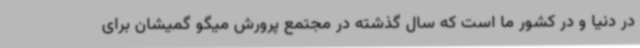
در دنیا و در کشور ما است که سال گذشته در مجتمع پرورش میگو گمیشان برای